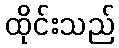
ထိုင်းသည်